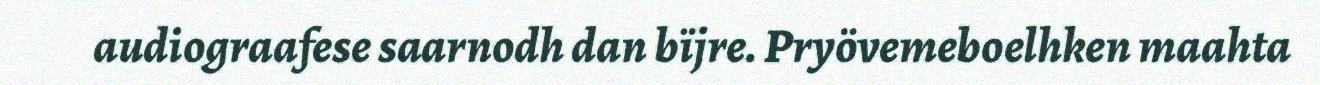
audiograafese saarnodh dan bïjre. Pryövemeboelhken maahta